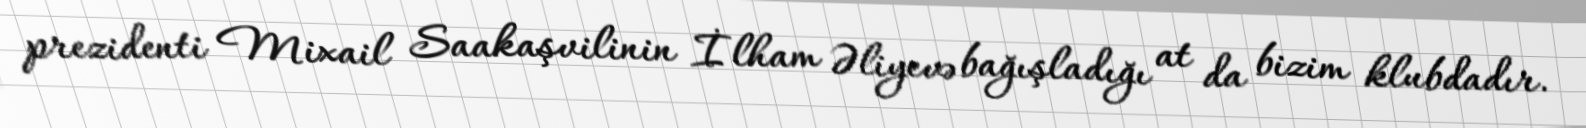
prezidenti Mixail Saakaşvilinin İlham Əliyevə bağışladığı at da bizim klubdadır.